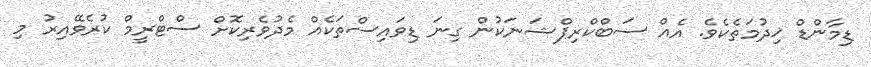
ޑިމާންޑް ޚިދުމަތެކެވެ. އެއް ސަބްކްރިޕްޝަނަކުން ގިނަ ޑިވައިސްތަކެއް މެދުވެރިކޮށް ސްޓްރީމް ކުރެވޭއިރު މި